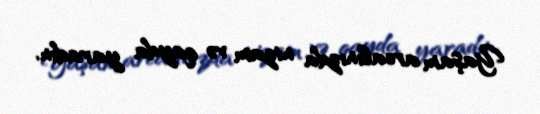
Yaşam arealınızda nizam və qayda yaradın.